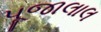
પૂજાલાલ